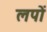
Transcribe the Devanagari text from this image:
लपों